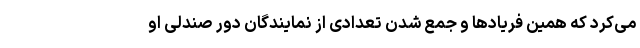
می‌کرد که همین فریادها و جمع شدن تعدادی از نمایندگان دور صندلی او